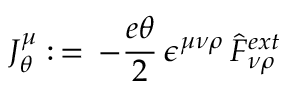
J _ { \theta } \sp { \mu } : \, = \, - \frac { e \theta } { 2 } \, \epsilon \sp { \mu \nu \rho } \, \hat { F } _ { \nu \rho } \sp { e x t }